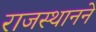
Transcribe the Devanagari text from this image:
राजस्थानने